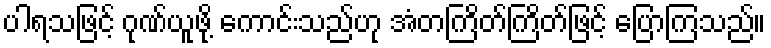
ပါရသဖြင့် ဂုဏ်ယူဖို့ ကောင်းသည်ဟု အံတကြိတ်ကြိတ်ဖြင့် ပြောကြသည်။